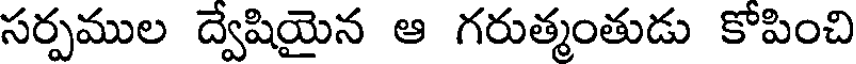
సర్పముల ద్వేషియైన ఆ గరుత్మంతుడు కోపించి